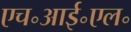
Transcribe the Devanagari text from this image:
एच॰आई॰एल॰